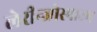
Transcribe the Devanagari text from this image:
लेरीन्जोस्पाज्म